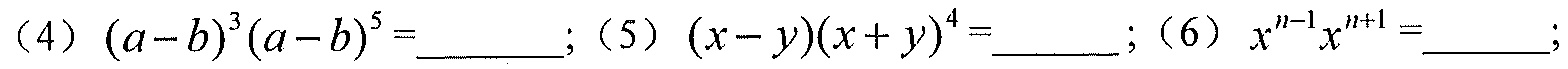
（4）\((a - b)^{3}(a - b)^{5} = \underline{\quad\quad}\);（5）\((x - y)(x + y)^{4} = \underline{\quad\quad}\);（6）\(x^{n - 1}x^{n + 1} = \underline{\quad\quad}\);